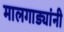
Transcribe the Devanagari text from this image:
मालगाड्यांनी